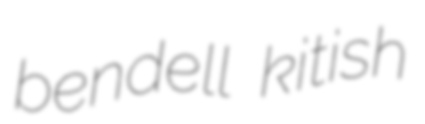
bendell kitish